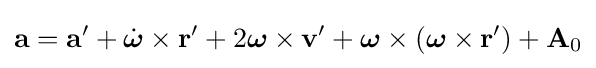
\mathbf {a} =\mathbf {a} '+{\dot {\boldsymbol {\omega }}}\times \mathbf {r} '+2{\boldsymbol {\omega }}\times \mathbf {v} '+{\boldsymbol {\omega }}\times ({\boldsymbol {\omega }}\times \mathbf {r} ')+\mathbf {A} _{0}